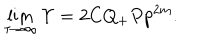
\lim _ { \tau \rightarrow \infty } \Upsilon = 2 C Q _ { + } P { p } ^ { 2 m } .